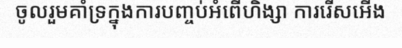
ចូលរួមគាំទ្រក្នុងការបញ្ចប់អំពើហិង្សា ការរើសអើង